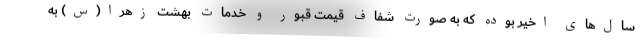
سال‌های اخیر بوده که به صورت شفاف قیمت قبور و خدمات بهشت زهرا(س) به